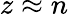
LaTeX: z\approx n